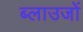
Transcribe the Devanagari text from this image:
ब्लाउजों